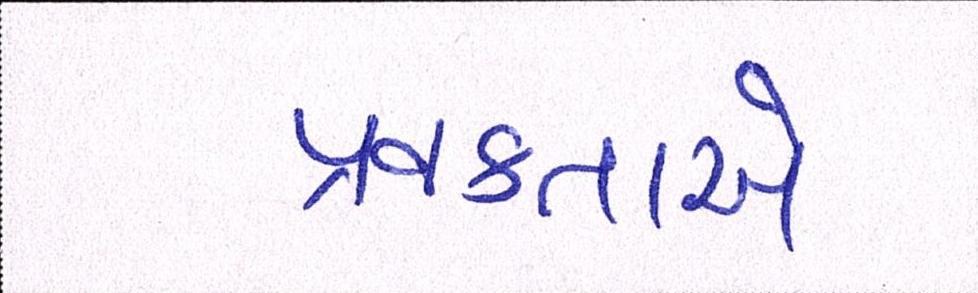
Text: પ્રવક્તાએ